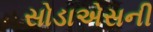
સોડાએસની